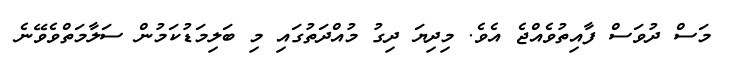
މަސް ދުވަސް ފާއިތުވެއްޖެ އެވެ. މިދިޔަ ދިގު މުއްދަތުގައި މި ބަލިމަޑުކަމުން ސަލާމަތްވެވޭނެ